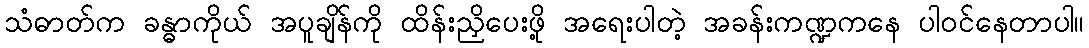
သံဓာတ်က ခန္ဓာကိုယ် အပူချိန်ကို ထိန်းညှိပေးဖို့ အရေးပါတဲ့ အခန်းကဏ္ဍကနေ ပါဝင်နေတာပါ။